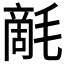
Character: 𣯵